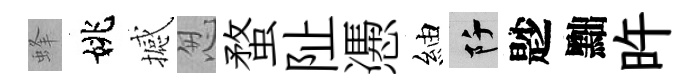
蜂姚撼怱蝥阯慿紬阡尟黜旿